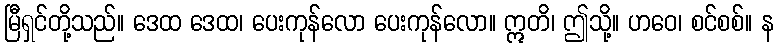
မြီရှင်တို့သည်။ ဒေထ ဒေထ၊ ပေးကုန်လော ပေးကုန်လော။ ဣတိ၊ ဤသို့။ ဟဝေ၊ စင်စစ်။ န